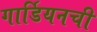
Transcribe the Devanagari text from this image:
गार्डियनची